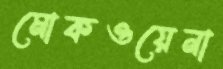
মোকওয়েনা